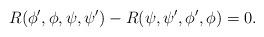
LaTeX: \begin{align*} R(\phi',\phi,\psi,\psi') - R(\psi,\psi',\phi',\phi) = 0. \end{align*}